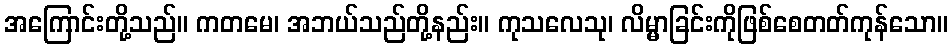
အကြောင်းတို့သည်။ ကတမေ၊ အဘယ်သည်တို့နည်း။ ကုသလေသု၊ လိမ္မာခြင်းကိုဖြစ်စေတတ်ကုန်သော။